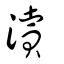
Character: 瀆